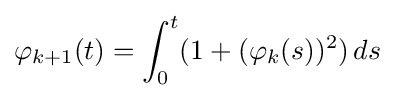
\varphi _{k+1}(t)=\int _{0}^{t}(1+(\varphi _{k}(s))^{2})\,ds